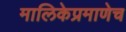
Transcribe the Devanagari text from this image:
मालिकेप्रमाणेच